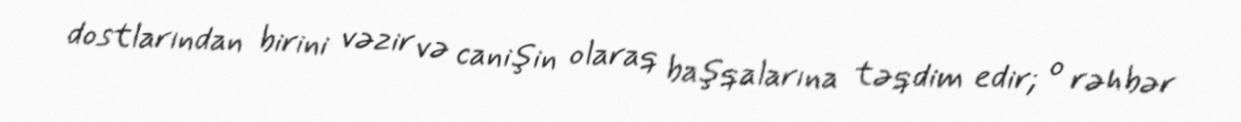
dostlarından birini vəzir və canişin olaraq başqalarına təqdim edir; o rəhbər